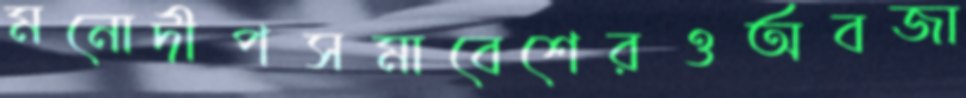
মনোদীপসমাবেশেরওঅবজা